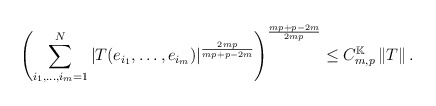
\begin{align*}\left( \sum_{i_{1},\ldots ,i_{m}=1}^{N}\left\vert T(e_{i_{1}},\ldots,e_{i_{m}})\right\vert ^{\frac{2mp}{mp+p-2m}}\right) ^{\frac{mp+p-2m}{2mp}}\leq C_{m,p}^{\mathbb{K}}\left\Vert T\right\Vert . \end{align*}